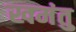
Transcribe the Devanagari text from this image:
खमंतु